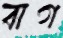
বাগ